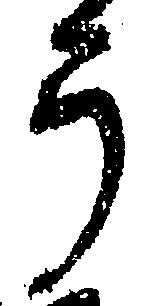
う